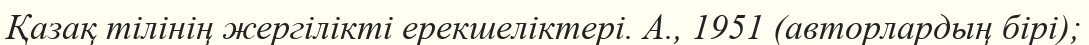
Қазақ тілінің жергілікті ерекшеліктері. А., 1951 (авторлардың бірі);